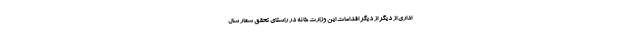
اداری از دیگر از دیگر اقدامات این وزارت خانه در راستای تحقق شعار سال